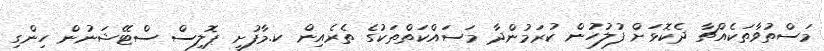
މަސްތުވާތަކެއްޗާ ދެކޮޅަށް ފުލުހުން ކުރަމުންދާ މަސައްކަތްތަކުގެ ތެރެއިން ކ.މާފުށީ ޕޮލިސް ސްޓޭޝަނުން ހިންގި